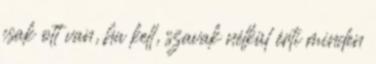
csak ott van, ha kell, szavak nélkül érti minden